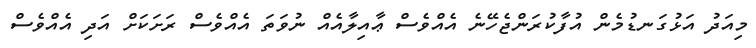
މިއަދު އަޅުގަނޑުމެން އުފާކުރަންޖެހޭނެ އެއްވެސް ޢާއިލާއެއް ނުވަތަ އެއްވެސް ރަށަކަށް އަދި އެއްވެސް